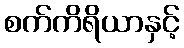
စက်ကိရိယာနှင့်